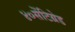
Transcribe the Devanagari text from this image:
४०सेंटिग्रेड